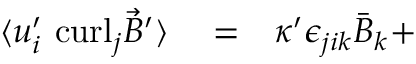
\begin{array} { r l r } { \langle { u } _ { i } ^ { \prime } \ \mathrm { c u r l } _ { j } \vec { B } ^ { \prime } \rangle } & { { } = } & { \kappa ^ { \prime } \epsilon _ { j i k } { \bar { B } } _ { k } + } \end{array}